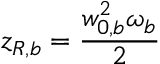
z _ { R , b } = \frac { w _ { 0 , b } ^ { 2 } \omega _ { b } } { 2 }